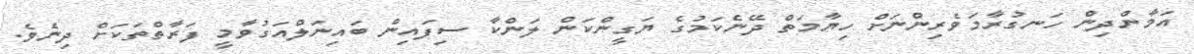
އަމާންދިން ހަނގުރާމަވެރިންނަށް ހިޔާމަތް ދޭނެކަމުގެ ޔަގީންކަން ލަންކާ ސިފައިން ބައިނަލްއަގުވާމީ ފަރާތްތަކަށް ދިނެވެ.